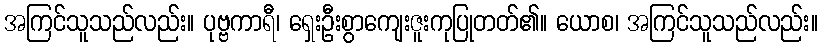
အကြင်သူသည်လည်း။ ပုဗ္ဗကာရီ၊ ရှေးဦးစွာကျေးဇူးကုပြုတတ်၏။ ယောစ၊ အကြင်သူသည်လည်း။